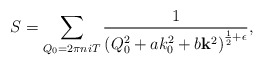
\begin{align*}S=\sum_{Q_0=2\pi n i T}\frac{1}{\left(Q_0^2+ a k_0^2 + b {\bf k}^2\right)^{\frac 1 2+\epsilon}},\end{align*}